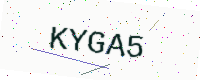
Text: KYGA5